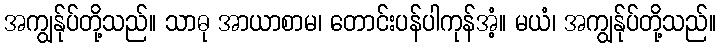
အကျွန်ုပ်တို့သည်။ သာဓု အာယာစာမ၊ တောင်းပန်ပါကုန်အံ့။ မယံ၊ အကျွန်ုပ်တို့သည်။